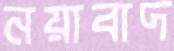
নয়াবাদ